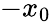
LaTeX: -x_{0}